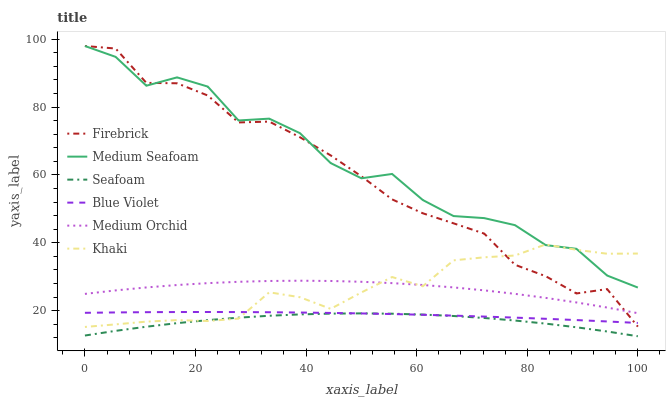
| xaxis_label | Firebrick | Medium Seafoam | Seafoam | Blue Violet | Medium Orchid | Khaki |
 | --- | --- | --- | --- | --- | --- | --- |
 | 0 | 98 | 98 | 12.6 | 19.3 | 24.9 | 15.2 |
 | 5.56 | 97.3 | 94.8 | 14 | 19.5 | 26 | 15.9 |
 | 11.1 | 87.1 | 86.3 | 15.2 | 19.5 | 26.8 | 16.7 |
 | 16.7 | 87 | 88.8 | 16.3 | 19.6 | 27.5 | 17.2 |
 | 22.2 | 83.4 | 86 | 17.2 | 19.6 | 28.1 | 16.9 |
 | 27.8 | 75.5 | 76.1 | 17.9 | 19.6 | 28.5 | 17.6 |
 | 33.3 | 75.7 | 76.6 | 18.5 | 19.5 | 28.7 | 25.4 |
 | 38.9 | 71.1 | 72.3 | 18.9 | 19.4 | 28.8 | 23.9 |
 | 44.4 | 65.8 | 63.5 | 19.1 | 19.3 | 28.7 | 20.5 |
 | 50 | 59.6 | 59 | 19.2 | 19.2 | 28.5 | 25.3 |
 | 55.6 | 52.8 | 60.3 | 19.1 | 19 | 28.1 | 29.9 |
 | 61.1 | 48.7 | 52.6 | 18.8 | 18.8 | 27.5 | 27.2 |
 | 66.7 | 45.7 | 47.9 | 18.4 | 18.5 | 26.8 | 34.8 |
 | 72.2 | 42.7 | 47.3 | 17.8 | 18.2 | 26 | 35.7 |
 | 77.8 | 33.5 | 45.2 | 17.1 | 17.9 | 24.9 | 36.2 |
 | 83.3 | 30.1 | 39.3 | 16.2 | 17.6 | 23.7 | 39.5 |
 | 88.9 | 25 | 38.2 | 15.1 | 17.2 | 22.4 | 37.9 |
 | 94.4 | 26.3 | 30.3 | 13.8 | 16.8 | 20.9 | 36.8 |
 | 100 | 15.3 | 26.8 | 12.4 | 16.4 | 19.2 | 36.8 |